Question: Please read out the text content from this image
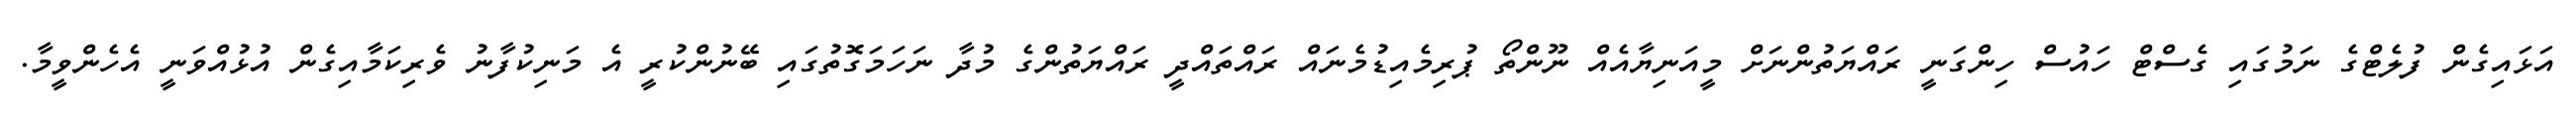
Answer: އަޅައިގެން ފުލެޓްގެ ނަމުގައި ގެސްޓް ހައުސް ހިންގަނީ ރައްޔަތުންނަށް މީއަނިޔާއެއް ނޫންތޯ ޕުރިމެއިޑުމެނައް ރައްތައްދީ ރައްޔަތުންގެ މުދާ ނަހަމަގޮތުގައި ބޭނުންކުރީ އެ މަނިކުފާނު ވެރިކަމާއިގެން އުޅުއްވަނީ އެހެންވީމާ.